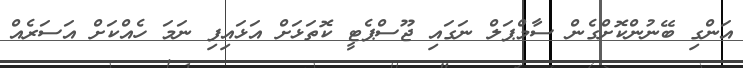
އަންގި ބޭނުންކޮށްގެން ސާމްޕަލް ނަގައި ޖޫސްޕެޓީ ކޮތަޅަށް އަޅައިފި ނަމަ ހެއްކަށް އަސަރެއް